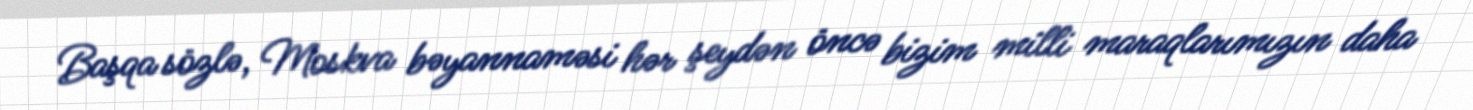
Başqa sözlə, Moskva bəyannaməsi hər şeydən öncə bizim milli maraqlarımızın daha